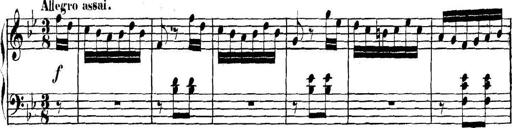
Title: Collected Piano Sonatas
Composer: Muzio Clementi